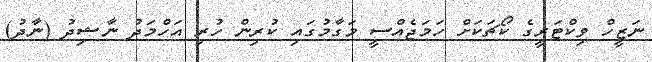
ނަޒީހް ވިކްޓަރީގެ ކޯޗަކަށް ހަމަޖެއްސީ މަގާމުގައި ކުރިން ހުރި އަހްމަދު ނާޝިދު (ނާދު)